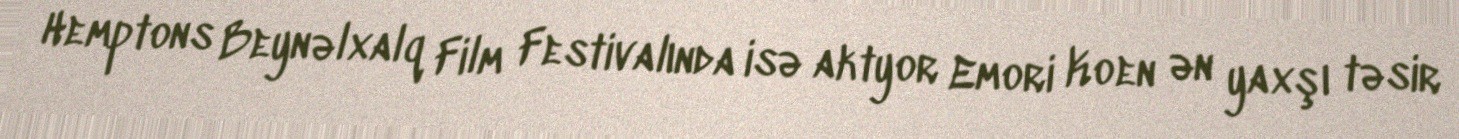
Hemptons Beynəlxalq Film Festivalında isə aktyor Emori Koen ən yaxşı təsir